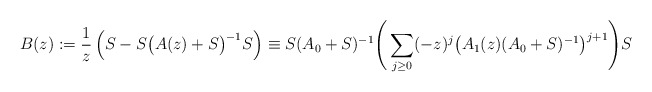
\begin{align*}B(z):=\frac1z\left(S-S\big(A(z)+S\big)^{-1}S\right)\equiv S(A_0+S)^{-1}\Bigg(\sum_{j\ge0}(-z)^j\big(A_1(z)(A_0+S)^{-1}\big)^{j+1}\Bigg)S\end{align*}